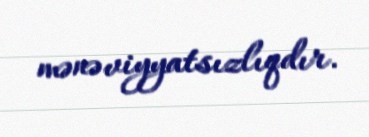
mənəviyyatsızlıqdır.